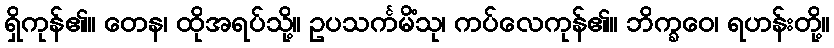
ရှိကုန်၏။ တေန၊ ထိုအရပ်သို့။ ဥပသင်္ကမိံသု၊ ကပ်လေကုန်၏။ ဘိက္ခဝေ၊ ရဟန်းတို့။